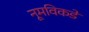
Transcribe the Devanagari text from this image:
नूमविकडे